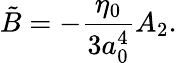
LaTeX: \tilde{B}=-{\frac{\eta_{0}}{3a_{0}^{4}}}A_{2}.